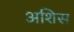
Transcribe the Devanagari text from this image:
अशिस